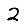
Digit: 2